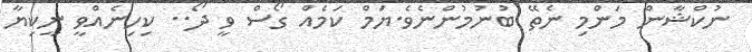
ނުކްޝާން މަންމި ނެތޭ ބުނުމުންނެވެ.ޔަމް ކަމެއް ގޯސް ވީ ދޯ.. ކިހިނެއްވީ ނީކިޔާ